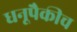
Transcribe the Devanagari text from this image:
धनूपैकीच